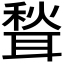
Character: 𫆉